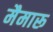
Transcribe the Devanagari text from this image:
मैमारू